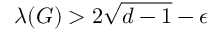
\lambda ( G ) > 2 { \sqrt { d - 1 } } - \epsilon